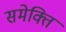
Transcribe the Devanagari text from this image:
समेक्ति